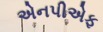
એનપીએફ